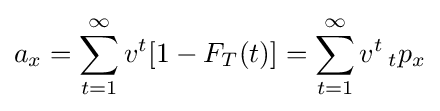
a_{x}=\sum _{t=1}^{\infty }v^{t}[1-F_{T}(t)]=\sum _{t=1}^{\infty }v^{t}\,_{t}p_{x}